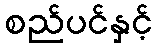
စည်ပင်နှင့်